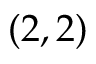
( 2 , 2 )